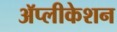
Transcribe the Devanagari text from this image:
ॲप्लीकेशन